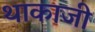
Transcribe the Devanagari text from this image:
थाकाजी